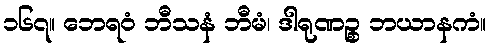
၁၆၇။ ဘေရဝံ ဘီသနံ ဘီမံ၊ ဒါရုဏဉ္စ ဘယာနကံ။